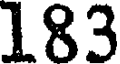
183